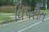
વિપરીત